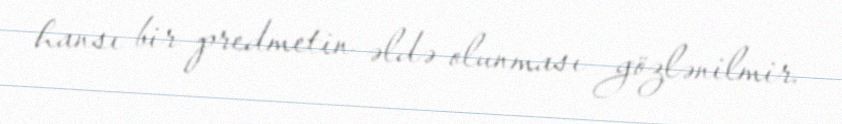
hansı bir predmetin əldə olunması gözlənilmir.